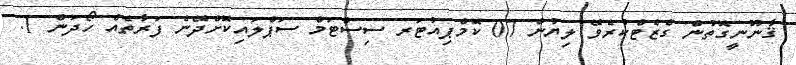
ޤާނޫނީގޮތުން ގެޒެޓްކުރެވޭ ލިޔުން 07 ކޮމްޕިއުޓަރ ސިސްޓަމް ސަޕްލައިކޮށްދޭނެ ފަރާތެއް ހޯދަން 1.